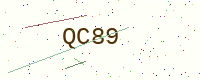
Text: QC89